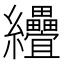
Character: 𦈅